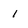
Character: 1